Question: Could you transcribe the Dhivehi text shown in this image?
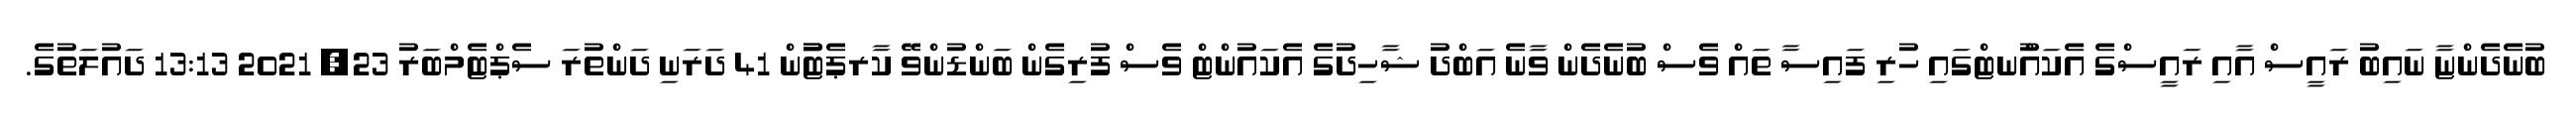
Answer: ބުނެދެންޏާ ނައިބު ރައީސް އާއި ރައީސްގެ އެކައުްނޓްގައި ހުރި ފައިސާ ތައް ވެސް ބުނެދެން ވާނެ އަބްދު ޝާހިދުގެ އެކައުންޓް ވެސް ފުރިގެން ބަންޑުންވޭ ކާރޕެޓުުން 41 ދަރަނި ދަންތުރަ ސެޕްޓެމްބަރު 23, 2021 13:13 ދައުލަތުގެ.